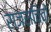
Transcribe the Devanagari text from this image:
राजसचिवों